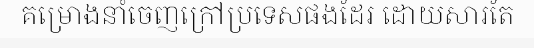
គម្រោងនាំចេញក្រៅប្រទេសផងដែរ ដោយសារតែ